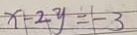
x - 2 y = - 3